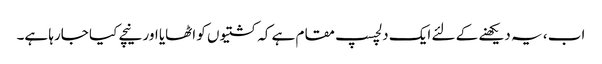
اب ، یہ دیکھنے کے لئے ایک دلچسپ مقام ہے کہ کشتیوں کو اٹھایا اور نیچے کیا جارہا ہے۔